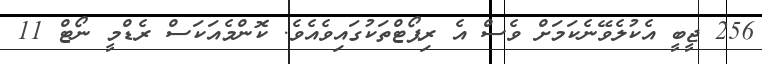
256 ޖީބީ އެކުލެވޭނެކަމަށް ވެސް އެ ރިޕޯޓްތަކުގައިވެއެވެ. ކޮންމެއަކަސް ރެޑްމީ ނޯޓް 11